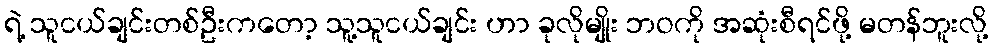
ရဲ့ သူငယ်ချင်းတစ်ဦးကတော့ သူ့သူငယ်ချင်း ဟာ ခုလိုမျိုး ဘဝကို အဆုံးစီရင်ဖို့ မတန်ဘူးလို့